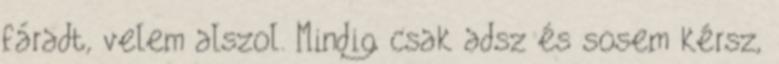
fáradt, velem alszol. Mindig csak adsz és sosem kérsz,